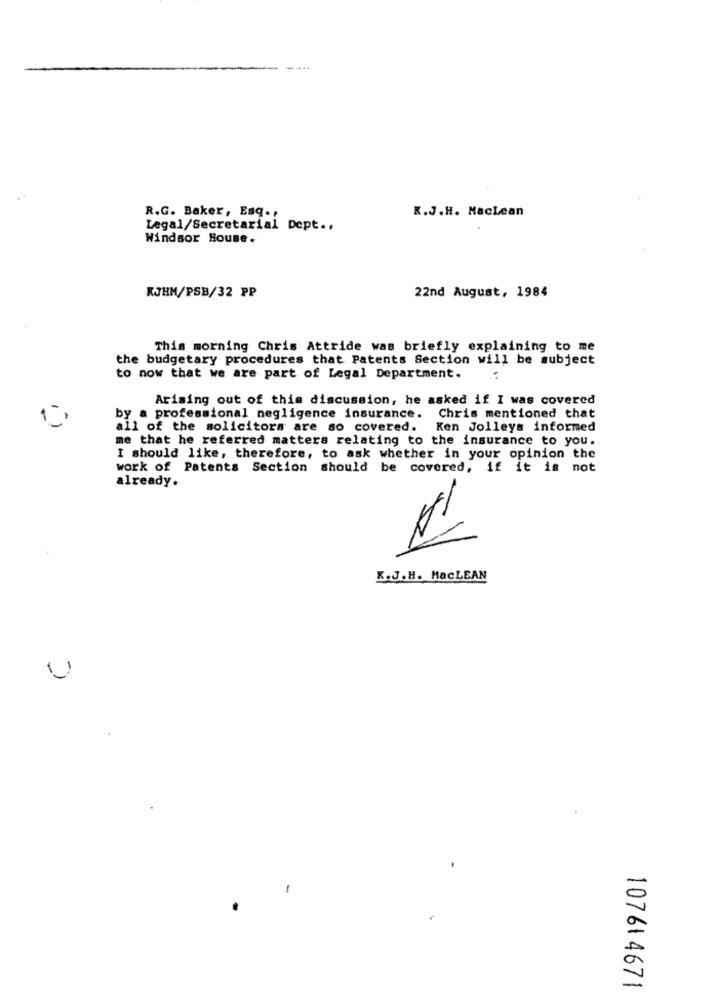
K.J.H. Maclean
R.G. Baker, Esq.
Legal/Secretarial Dept ..
Windsor House.
KJHM/PSB/32 PP
22nd August, 1984
This morning Chris Attride was briefly explaining to me
the budgetary procedures that Patents Section will be subject
to now that we are part of Legal Department.
..
Arising out of this discussion, he asked if I was covered
by a professional negligence insurance. Chris mentioned that
all of the solicitors are so covered. Ken Jolleys informed
me that he referred matters relating to the insurance to you.
I should like, therefore, to ask whether in your opinion the
work of Patents Section should be covered, if it is not
already.
K.J.H. MaCLEAN
10761 4671